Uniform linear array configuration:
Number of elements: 48
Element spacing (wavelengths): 0.75
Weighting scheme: blackman
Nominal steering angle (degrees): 15
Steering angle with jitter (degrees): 15.398
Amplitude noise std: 0.05
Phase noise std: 0.05

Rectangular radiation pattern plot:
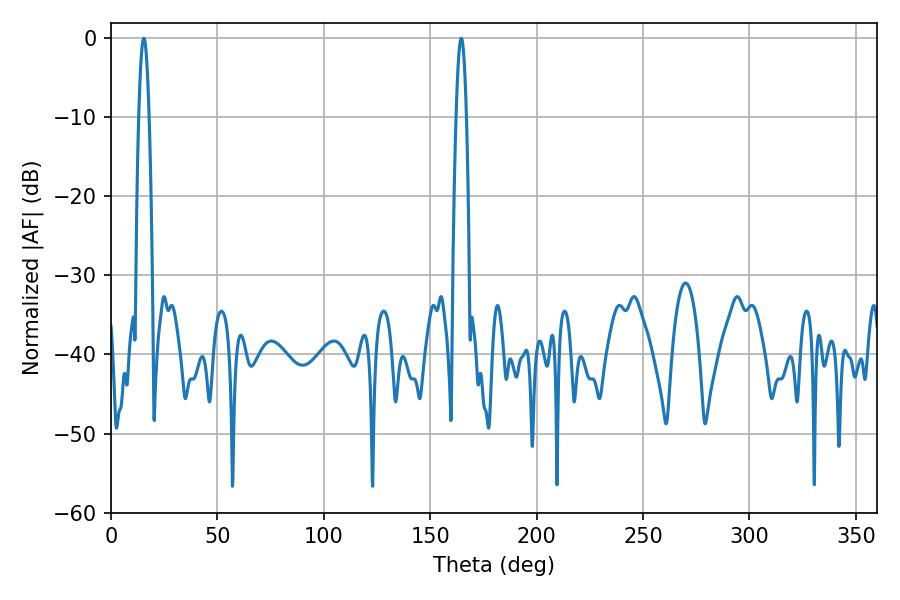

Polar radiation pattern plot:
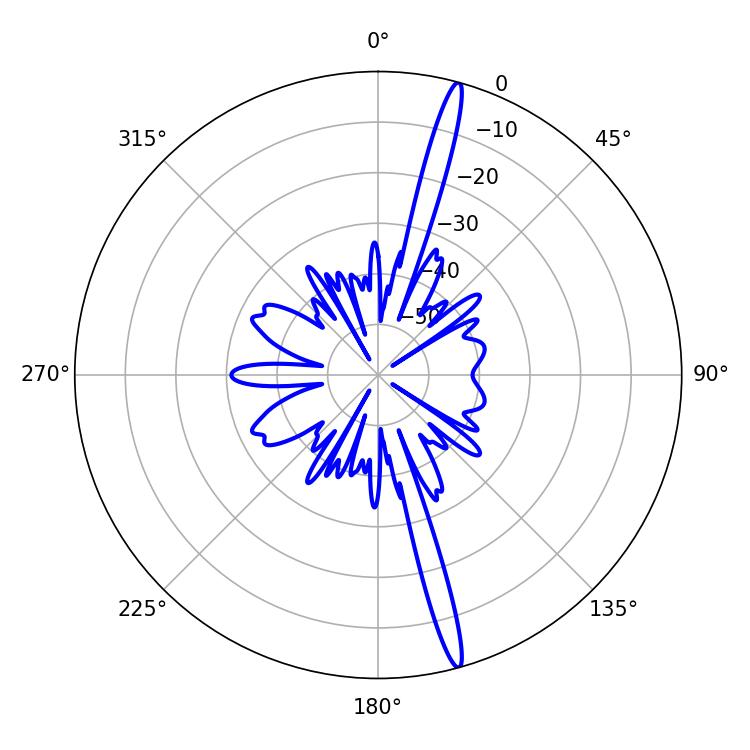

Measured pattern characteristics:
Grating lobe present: TRUE
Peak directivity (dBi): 18.72
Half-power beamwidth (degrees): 2.7
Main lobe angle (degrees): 164.52